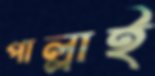
পাল্লাই